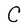
Character: C